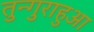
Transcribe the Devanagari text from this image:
तुन्गुराहुआ